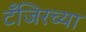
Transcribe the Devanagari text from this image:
टँजिरच्या